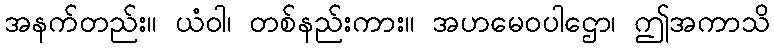
အနက်တည်း။ ယံဝါ၊ တစ်နည်းကား။ အဟမေဝပါဌော၊ ဤအကာသိ